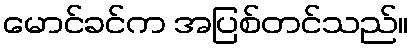
မောင်ခင်က အပြစ်တင်သည်။